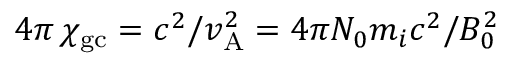
4 \pi \, \chi _ { \mathrm { g c } } = c ^ { 2 } / v _ { \mathrm { A } } ^ { 2 } = 4 \pi N _ { 0 } m _ { i } c ^ { 2 } / B _ { 0 } ^ { 2 }